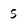
Character: 5